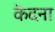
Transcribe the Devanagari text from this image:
कॆदना